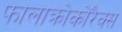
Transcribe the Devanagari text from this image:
फालाक्रोकोरैक्स